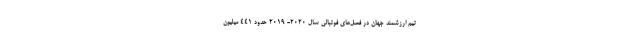
تیم ارزشمند جهان در فصل‌های فوتبالی سال 2020- 2019 حدود 441 میلیون